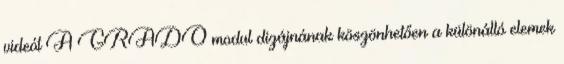
videót A GRADO modul dizájnának köszönhetően a különálló elemek